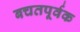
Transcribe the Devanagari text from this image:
बचतपूर्वक